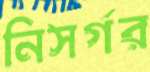
নিসর্গর